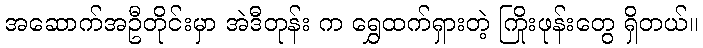
အဆောက်အဦတိုင်းမှာ အဲဒီတုန်း က ရွှေထက်ရှားတဲ့ ကြိုးဖုန်းတွေ ရှိတယ်။